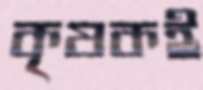
কৃষকই